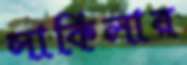
সাকিলার